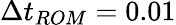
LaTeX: \Delta t_{ROM}=0.01